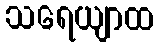
သရေယျာထ